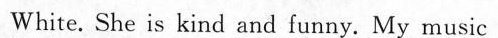
White. She is kind and funny. My music